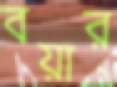
বয়ার